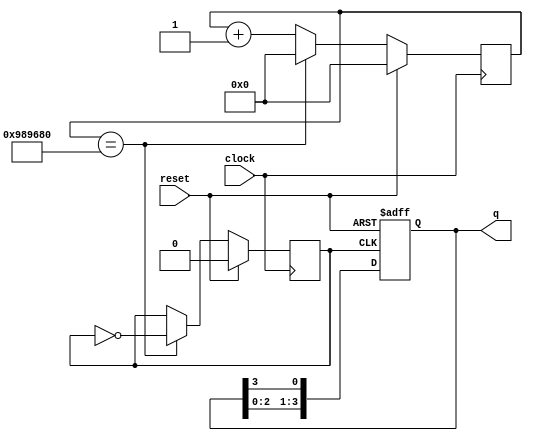
module ring_count(
  input clock,
  input reset,
  output [3:0] q
  );
 
reg[3:0] a;

reg [24:0] count_reg = 0;
reg clk1 = 0;
always @(posedge clock) begin
if (reset == 1'b1) begin
count_reg <= 0;
clk1 <= 0;
end else begin
if (count_reg == 10000000) begin
count_reg <= 0;
clk1 <= ~clk1;
end else begin
count_reg <= count_reg + 1'b1;
end
end
end
always@(posedge clk1, posedge reset)
begin
if(reset==1'b1)begin 
 
     a <= 4'b0001;
  end else
  begin
    a <=  a<<1; 
    a[0] <= a[3];
  end
end

assign q = a;

endmodule